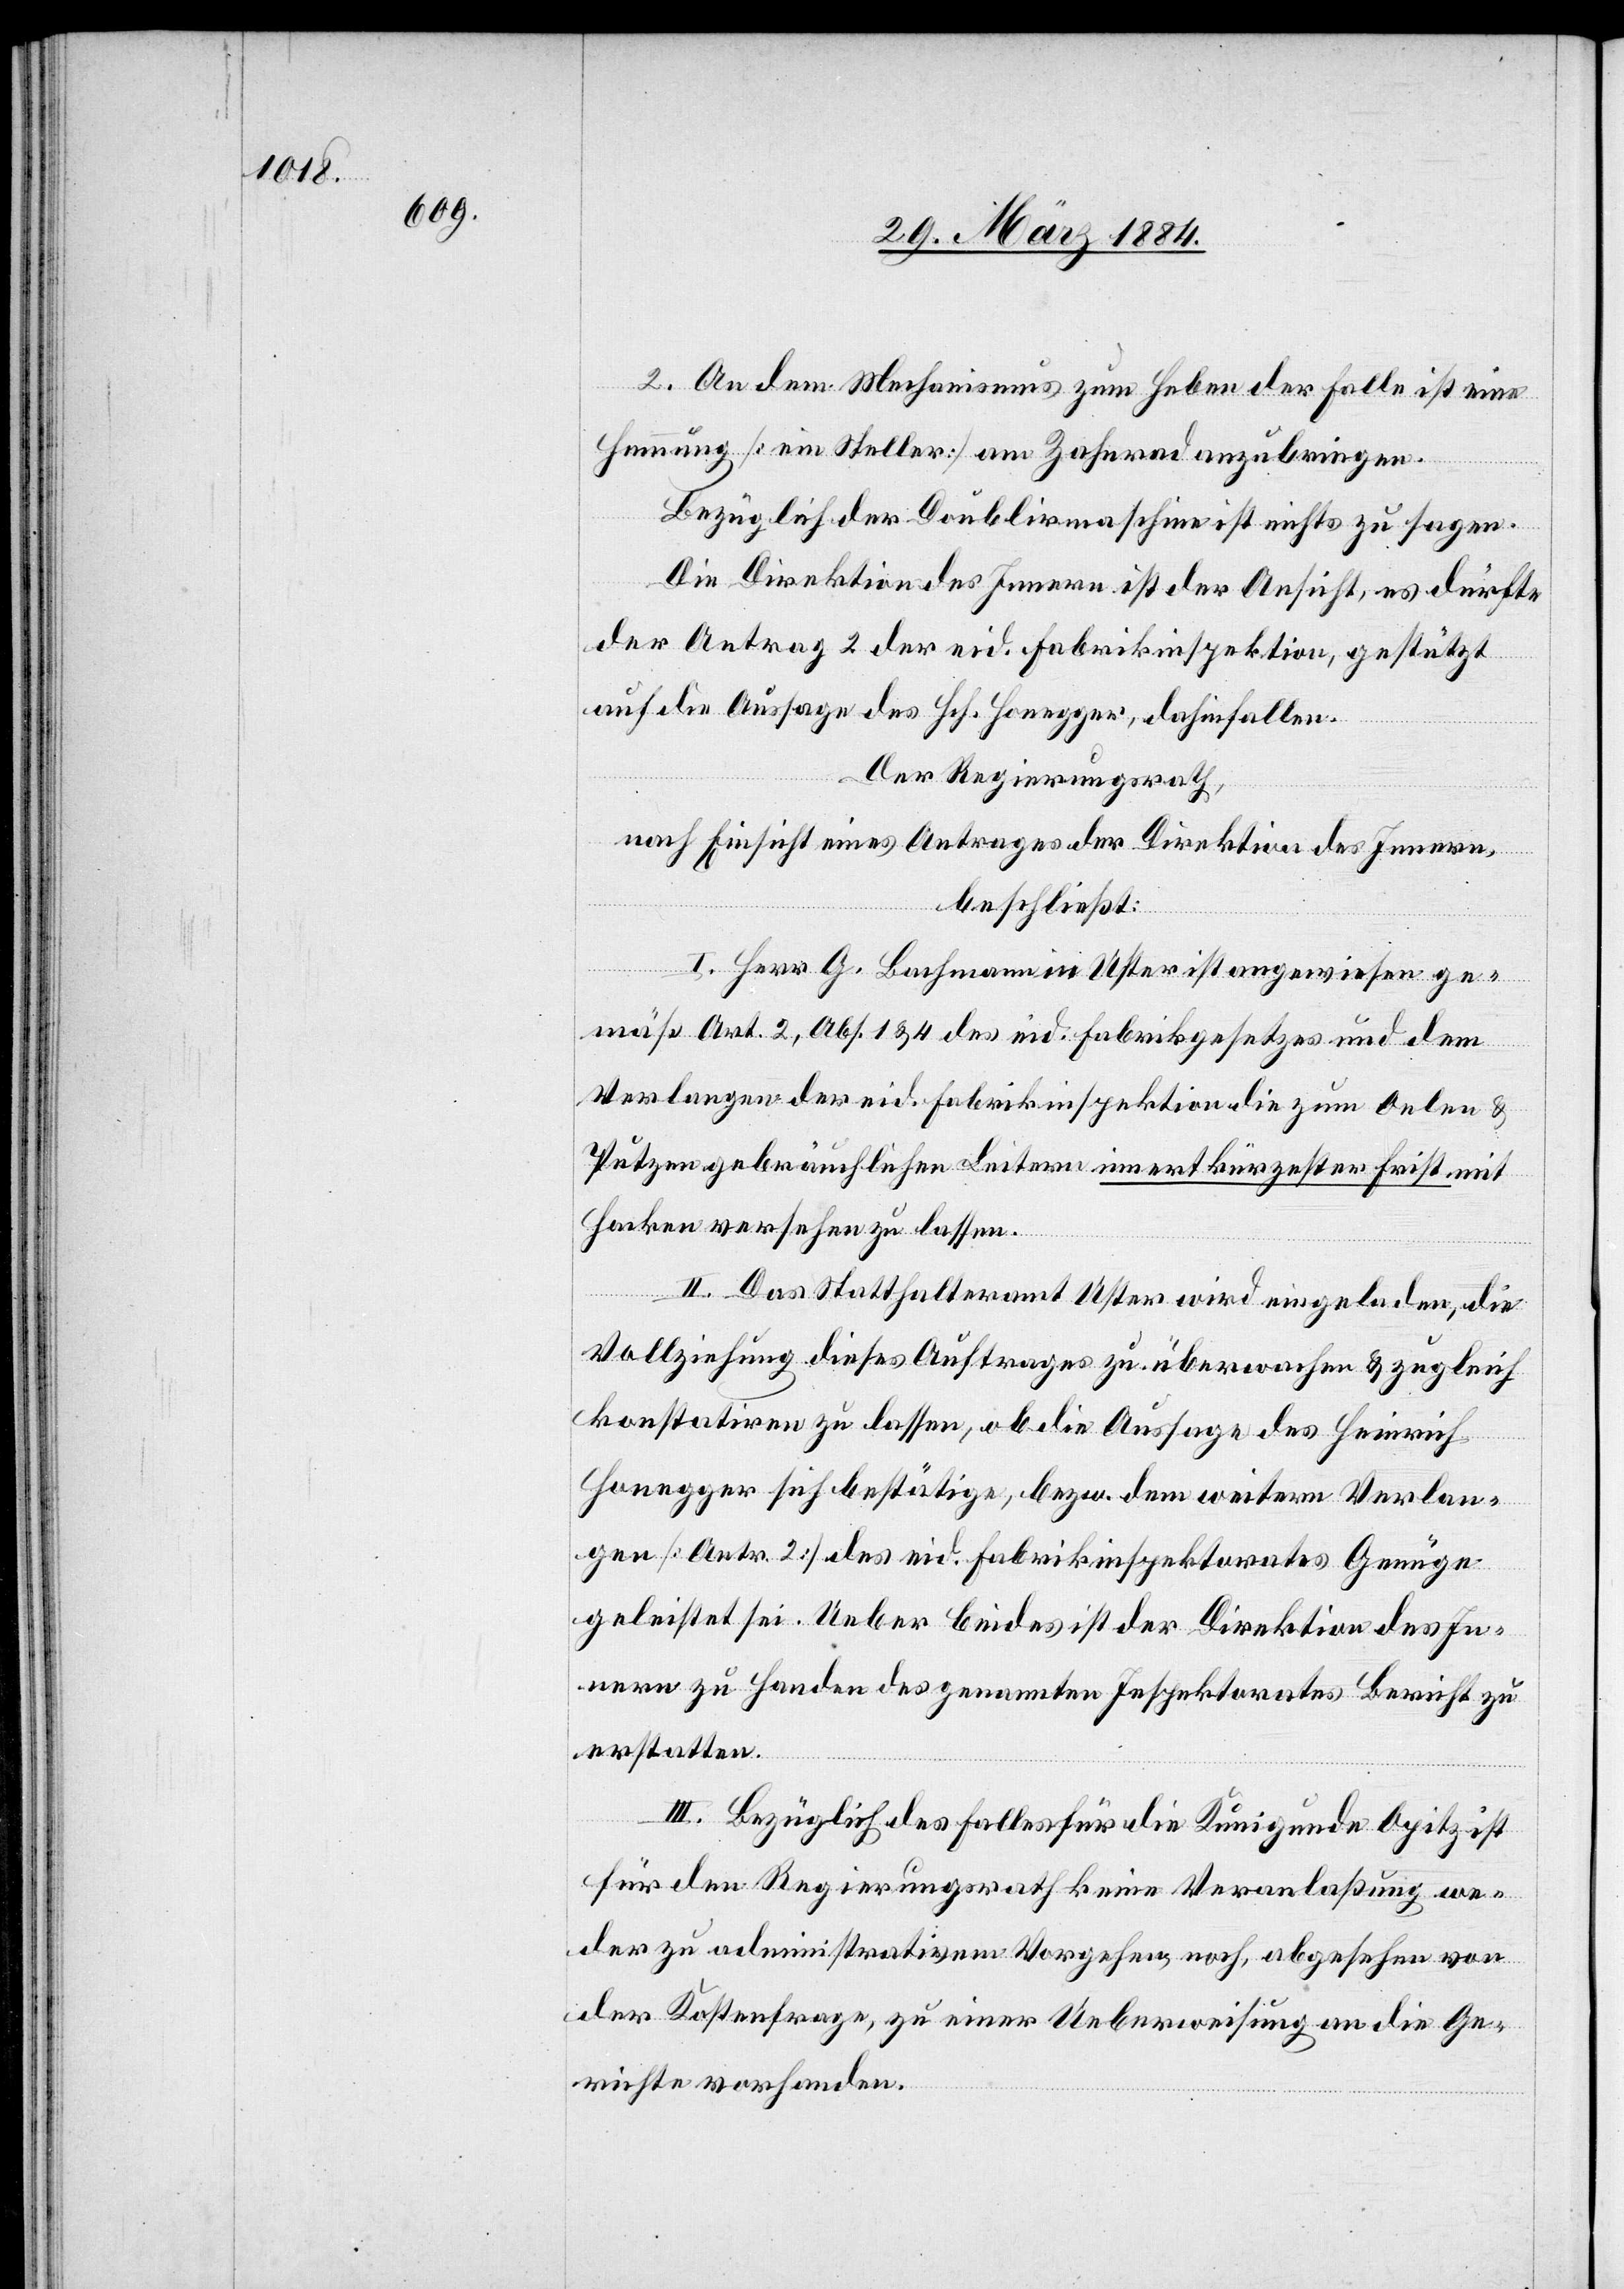
2. An den Mechanismus zum Heben der Falle ist eine
Hemmung [ein Steller] am Zahnrad anzubringen.
Bezüglich der Doublirmaschine ist nichts zu sagen.
Die Direktion des Innern ist der Ansicht, es dürfe
der Antrag 2 der eid. Fabrikinspektion, gestützt
auf die Aussage des Hch. Honegger, dahinfallen.
Der Regierungsrath,
nach Einsicht eines Antrages der Direktion des Innern,
beschließt:
I. Herr G. Bachmann in Uster ist angewiesen ge¬
mäß Art. 2, Abs. 1 & 4 des Eid. Fabrikgesetzes und dem
Verlangen der eid. Fabrikinspektion die zum Oelen &
Putzen gebräuchlichen Leitern innert kürzester Frist mit
Hacken versehen zu lassen.
II. Das Statthalteramt Uster wird eingeladen, die
Vollziehung dieses Auftrages zu überwachen & zugleich
konstatiren zu lassen, ob die Aussage des Heinrich
Honegger sich bestätige, bzw. dem weitern Verlan¬
gen [Antr. 2] des eid. Fabrikinspektorates Genüge
geleistet sei. Ueber beides ist der Direktion des In¬
nern zu Handen des genannten Inspektorates Bericht zu
erstatten.
III. Bezüglich des Falles für die Kunigunde Opitz ist
für den Regierungsrath keine Veranlaßung we¬
der zu administrativem Vorgehen, noch, abgesehen von
der Kostenfrage, zu einer Ueberweisung an die Ge¬
richte vorhanden.